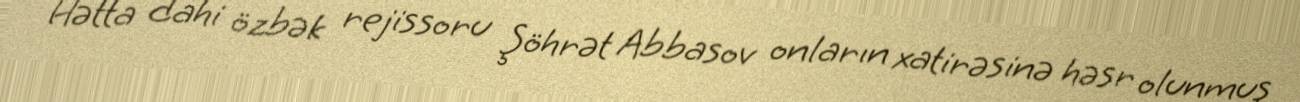
Hətta dahi özbək rejissoru Şöhrət Abbasov onların xatirəsinə həsr olunmuş